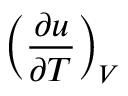
\left( { \frac { \partial u } { \partial T } } \right) _ { V }